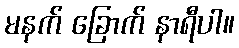
မနက် ခြောက် နာရီပါ။